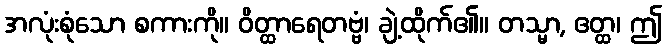
အလုံးစုံသော စကားကို။ ဝိတ္ထာရေတဗ္ဗံ၊ ချဲ့ထိုက်၏။ တသ္မာ, ဧတ္ထ၊ ဤ